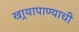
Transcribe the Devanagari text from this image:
खार्‍यापाण्याची